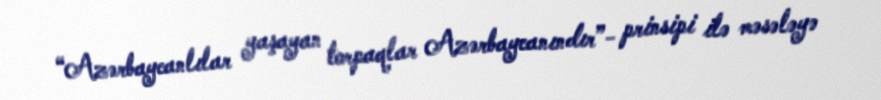
“Azərbaycanlılar yaşayan torpaqlar Azərbaycanındır”- prinsipi ilə məsələyə